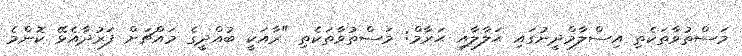
މަސްތުވާތަކެތި އިސްލާމްދީނުގައި ޙަލާލާއި ޙަރާމް: މަސްތުވާތަކެތި "ރާއަކީ ބުއްދީގެ މައްޗަށް ފަރުދާއެޅޭ ކޮންމެ